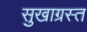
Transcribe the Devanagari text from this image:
सुखाग्रस्‍त